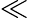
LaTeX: \ll